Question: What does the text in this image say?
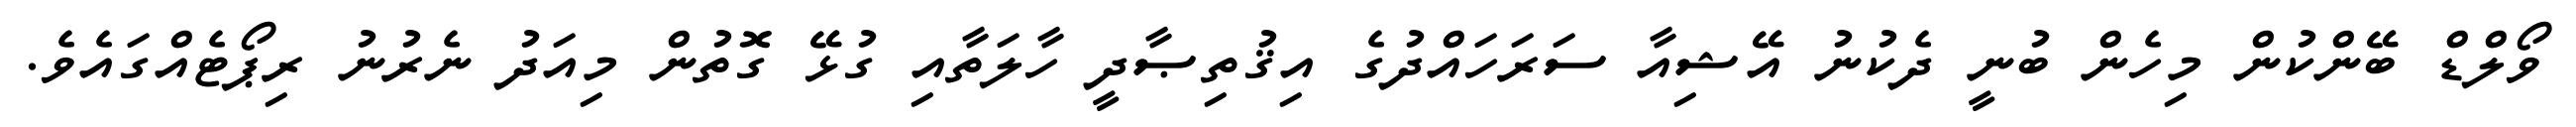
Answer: ވޯލްޑް ބޭންކުން މިހެން ބުނީ ދެކުނު އޭޝިއާ ސަރަހައްދުގެ އިޤުތިޞާދީ ހާލަތާއި ގުޅޭ ގޮތުން މިއަދު ނެރުނު ރިޕޯޓެއްގައެވެ.